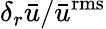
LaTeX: {\delta_{r}}\bar{u}/{{\bar{u}}^{\mathrm{{rms}}}}